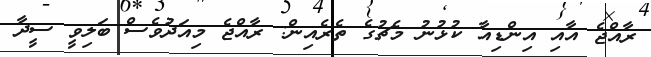
ރާއްޖެ އާއި އިންޑިއާ ކުޅުނު މެޗުގެ ތެރެއިން: ރާއްޖެ މިއަދުވެސް ބަލިވީ ސީދާ